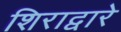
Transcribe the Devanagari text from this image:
शिराद्वारे